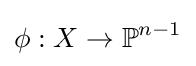
\phi :X\to \mathbb {P} ^{n-1}